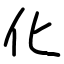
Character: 化